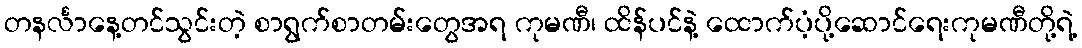
တနင်္လာနေ့တင်သွင်းတဲ့ စာရွက်စာတမ်းတွေအရ ကုမဏီ၊ ထိန်ပင်နဲ့ ထောက်ပံ့ပို့ဆောင်ရေးကုမဏီတို့ရဲ့